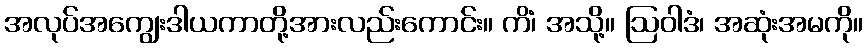
အလုပ်အကျွေးဒါယကာတို့အားလည်းကောင်း။ ကိံ၊ အသို့။ ဩဝါဒံ၊ အဆုံးအမကို။